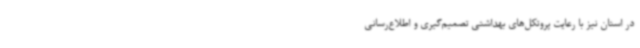
در استان نیز با رعایت پروتکل‌های بهداشتی تصمیم‌گیری و اطلاع‌رسانی